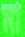
মা